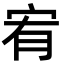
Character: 宥